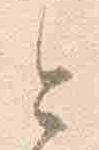
今